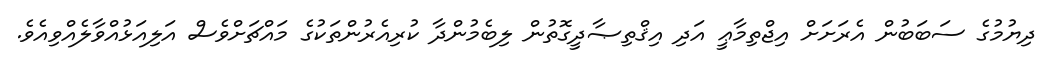
ދިޔުމުގެ ސަބަބުން އެރަށަށް އިޖްތިމާޢީ އަދި އިޤްތިޞާދީގޮތުން ލިބެމުންދާ ކުރިއެރުންތަކުގެ މައްޗަށްވެސް އަލިއަޅުއްވާލެއްވިއެވެ.